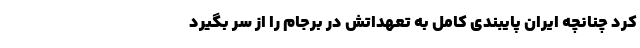
کرد چنانچه ایران پایبندی کامل به تعهداتش در برجام را از سر بگیرد